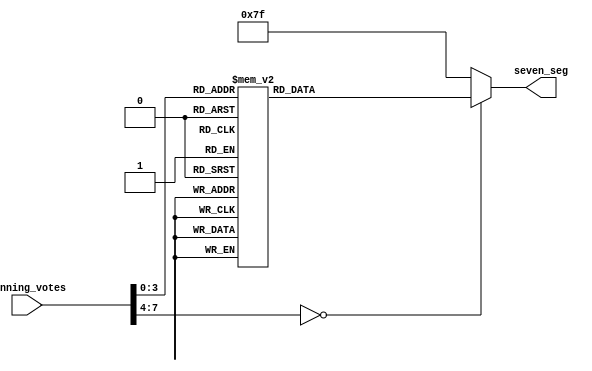
`timescale 1ns / 1ps
module display_winning_votes(winning_votes,seven_seg);
input [7:0] winning_votes;
output reg [6:0] seven_seg;
always@ (winning_votes)
begin
case (winning_votes)
    0: seven_seg = 7'b0000001;
    1: seven_seg = 7'b1001111;
    2: seven_seg = 7'b0010010;
    3: seven_seg = 7'b0000111;
    4: seven_seg = 7'b1101101;
    5: seven_seg = 7'b0100110;
    6: seven_seg = 7'b0100000;
    7: seven_seg = 7'b0001111;
    8: seven_seg = 7'b0000000;
    9: seven_seg = 7'b0000100;
    default: seven_seg = 7'b1111111;

endcase
end
endmodule